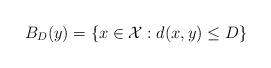
LaTeX: \begin{align*}B_D (y) = \{ x \in {\cal X} : d (x, y) \leq D \} \end{align*}